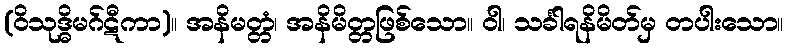
(ဝိသုဒ္ဓိမဂ်ဋီကာ)။ အနိမတ္တံ၊ အနိမိတ္တဖြစ်သော။ ဝါ၊ သင်္ခါရနိမိတ်မှ တပါးသော။